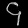
Digit: ၄